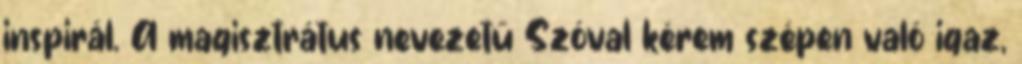
inspirál. A magisztrátus nevezetű Szóval kérem szépen való igaz,